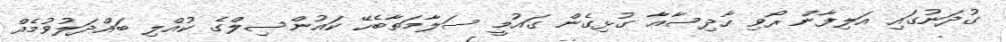
ގުދަނުގައި އަލިފާން ރޯވި ހާދިސާއާ ގުޅިގެން ގައުމީ ސަލާމަތާބެހޭ ކައުންސިލްގެ ކުއްލި ބައްދަލުވުމެއް